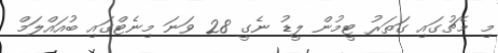
މި މެޗުގައި ގަތަރު ޓީމުން ލީޑު ނެގީ 28 ވަނަ މިނެޓްގައި ބުއައްލަމް